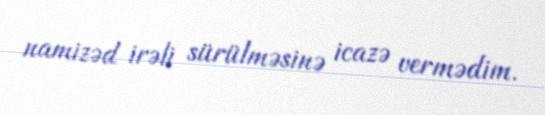
namizəd irəli sürülməsinə icazə vermədim.